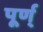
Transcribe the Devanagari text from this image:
पूर्ण्